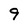
Character: 9